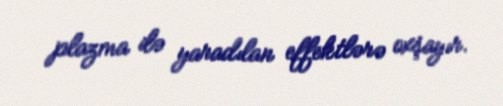
plazma ilə yaradılan effektlərə oxşayır.